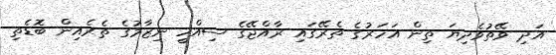
އަދި ވޭތުވެދިޔަ ތިން އަހަރުގެ ތެރޭގައި ރާއްޖޭގެ ސިއްހީ ނިޒާމުގެ ތެރެއިން ބޮޑެތި